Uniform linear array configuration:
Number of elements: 8
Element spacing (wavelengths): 0.5
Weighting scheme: cosine
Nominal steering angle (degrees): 60
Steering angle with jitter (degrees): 59.038
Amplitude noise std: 0.05
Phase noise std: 0.05

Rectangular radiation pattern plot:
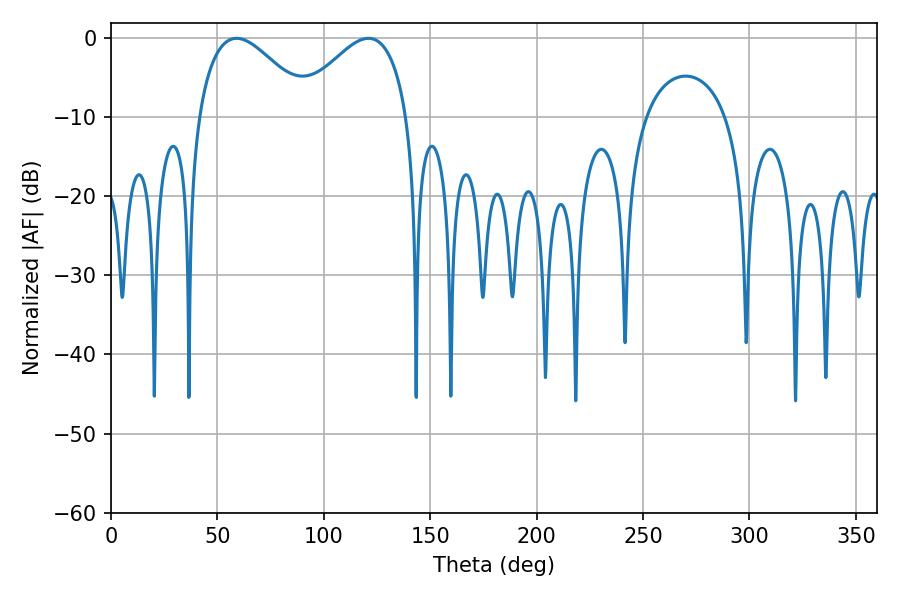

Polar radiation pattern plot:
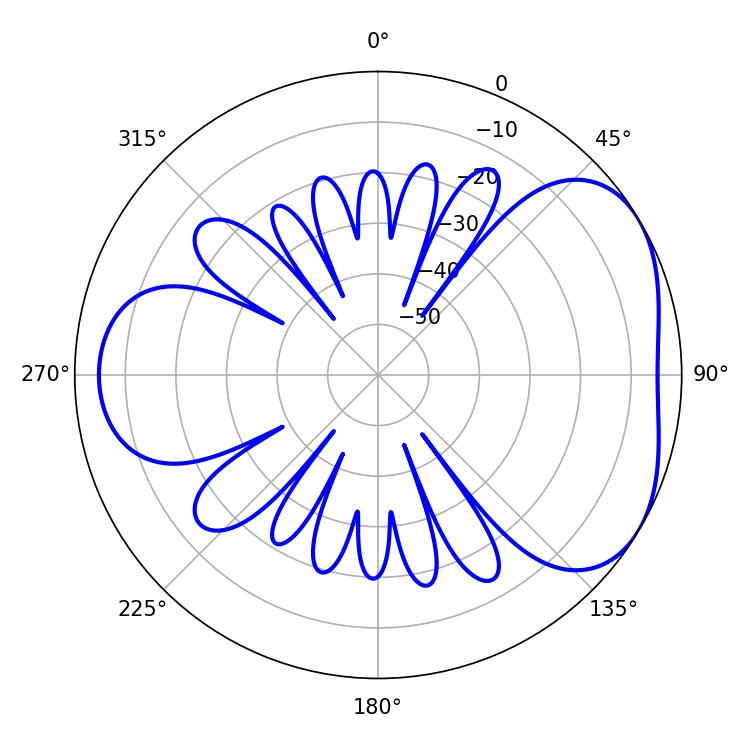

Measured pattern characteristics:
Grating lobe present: FALSE
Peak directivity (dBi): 4.256
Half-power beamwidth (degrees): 28.44
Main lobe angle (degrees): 59.04